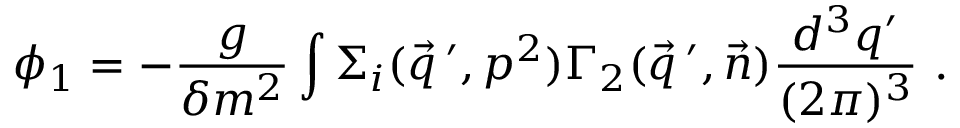
\phi _ { 1 } = - \frac { g } { \delta m ^ { 2 } } \int \Sigma _ { i } ( \vec { q } \, ^ { \prime } , p ^ { 2 } ) \Gamma _ { 2 } ( \vec { q } \, ^ { \prime } , \vec { n } ) \frac { d ^ { 3 } q ^ { \prime } } { ( 2 \pi ) ^ { 3 } } \ .